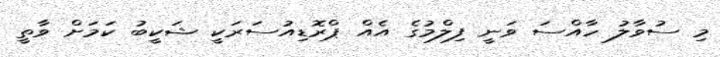
މި ސުވާލު ހާއްސަ ވަނީ ފިލްމުގެ އެއް ޕްރޮޑިއުސަރަކީ ޝަކީބު ކަމަށް ވާތީ